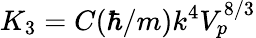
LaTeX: K_{3}=C(\hbar/m)k^{4}V_{p}^{8/3}